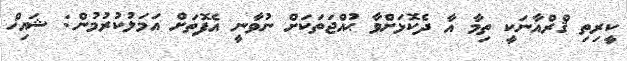
ކީރިތި ޤްރްއާނަކީ ތިމާ އާ ދެކޮޅަށްވާ ޙުއްޖަތަކަށް ނުވާނީ އެފޮތަށް އަމަލުކުރުމުން: ޝައިޚް